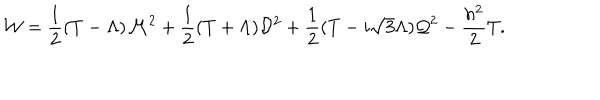
{ \cal W } = { \frac { 1 } { 2 } } ( T - \Lambda ) { \cal M } ^ { 2 } + { \frac { 1 } { 2 } } ( T + \Lambda ) { \cal D } ^ { 2 } + { \frac { 1 } { 2 } } ( T - i \sqrt { 3 } \Lambda ) { \cal Q } ^ { 2 } - { \frac { h ^ { 2 } } { 2 } } T .